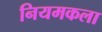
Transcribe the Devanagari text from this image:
नियमकला